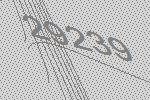
29239